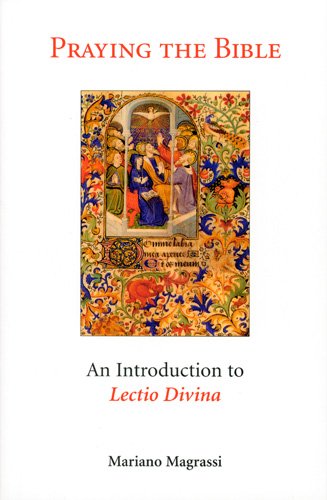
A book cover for Praying the Bible: An Introduction to  Lectio Divina; Mariano Magrassi OSB; Religion & Spirituality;